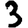
Digit: 3